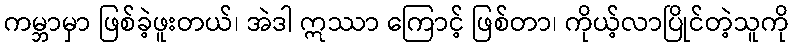
ကမ္ဘာမှာ ဖြစ်ခဲ့ဖူးတယ်၊ အဲဒါ ဣဿာ ကြောင့် ဖြစ်တာ၊ ကိုယ့်လာပြိုင်တဲ့သူကို